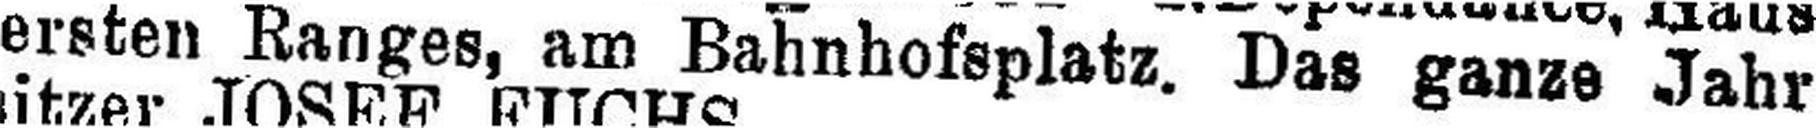
ersten Ranges, am Bahnhofsplatz. Das ganze Jahr